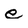
Character: e